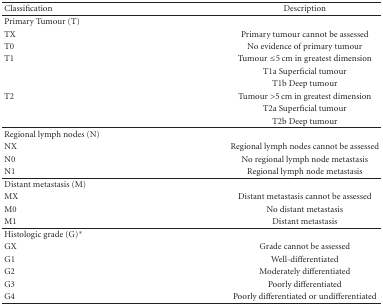
| Classification | Description |
 | --- | --- |
 | Primary Tumour (T) |  |
 | TX | Primary tumour cannot be assessed |
 | T0 | No evidence of primary tumour |
 | T1 | Tumour ≤5 cm in greatest dimension |
 |  | T1a Superficial tumour |
 |  | T1b Deep tumour |
 | T2 | Tumour >5 cm in greatest dimension |
 |  | T2a Superficial tumour |
 |  | T2b Deep tumour |
 | Regional lymph nodes (N) |  |
 | NX | Regional lymph nodes cannot be assessed |
 | N0 | No regional lymph node metastasis |
 | N1 | Regional lymph node metastasis |
 | Distant metastasis (M) |  |
 | MX | Distant metastasis cannot be assessed |
 | M0 | No distant metastasis |
 | M1 | Distant metastasis |
 | Histologic grade (G)* |  |
 | GX | Grade cannot be assessed |
 | G1 | Well-differentiated |
 | G2 | Moderately differentiated |
 | G3 | Poorly differentiated |
 | G4 | Poorly differentiated or undifferentiated |